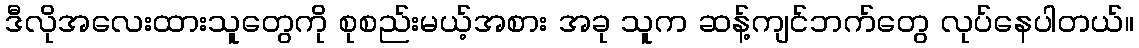
ဒီလိုအလေးထားသူတွေကို စုစည်းမယ့်အစား အခု သူက ဆန့်ကျင်ဘက်တွေ လုပ်နေပါတယ်။